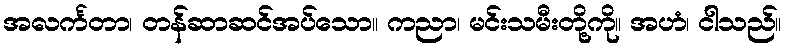
အလင်္ကတာ၊ တန်ဆာဆင်အပ်သော။ ကညာ၊ မင်းသမီးတို့ကို။ အဟံ၊ ငါသည်။